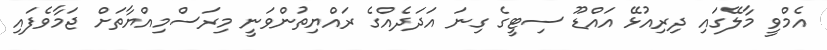
އެމްވީ މާލޭގައި ދިރިއުޅޭ އައްޑޫ ސިޓީގެ ގިނަ އަދަދެއްގެ ރައްޔިތުންވަނީ މިރަސްމިއްޔާތަށް ޖަމާވެފައި